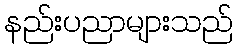
နည်းပညာများသည်